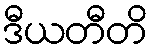
ဒီယတီတိ